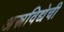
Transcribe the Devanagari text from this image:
अस्त्रविद्येची